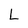
Character: L